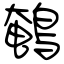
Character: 鵪